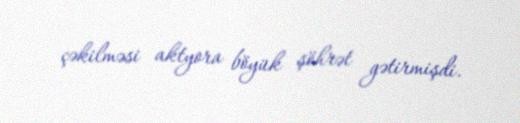
çəkilməsi aktyora böyük şöhrət gətirmişdi.